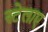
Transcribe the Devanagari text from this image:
स्टेलाए